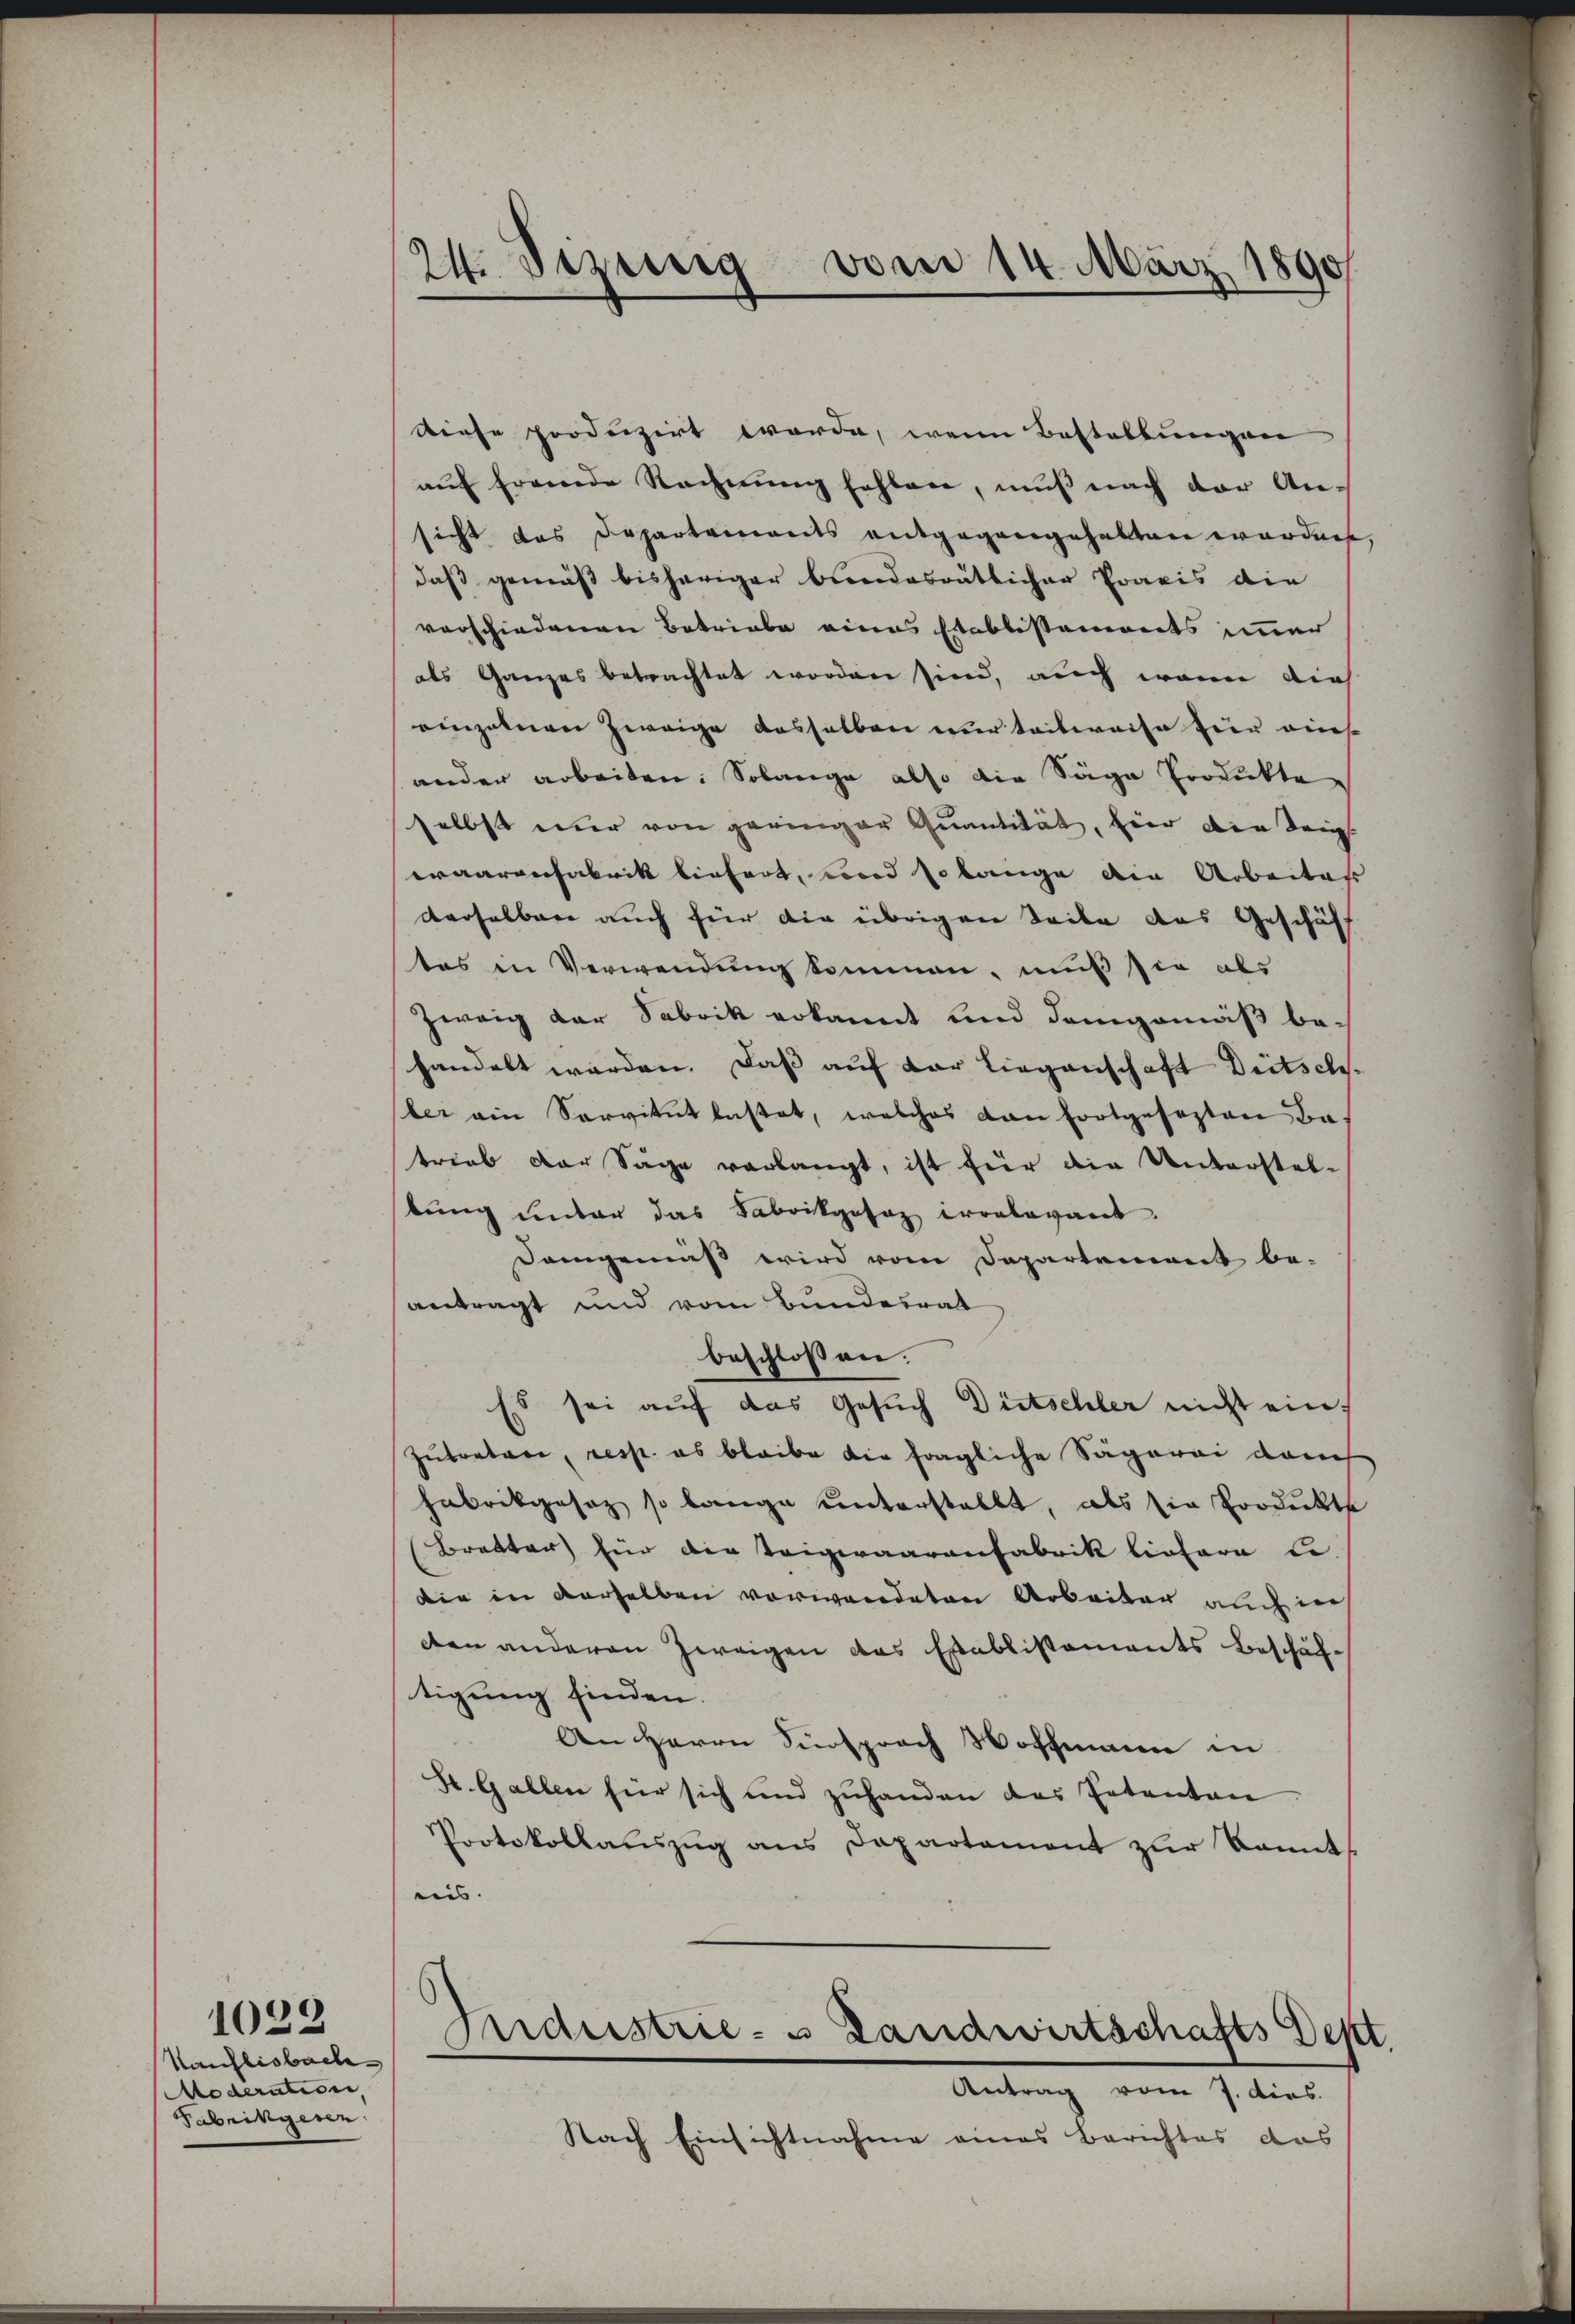
Kauflisbache
Moderation,
Fabrikgesen

1022

24. Sizung vom 14. März 1890

Diese produzirt werde, wenn Bestaltungen
aŭf fremde Rechnung fehlen, muß nach der An-
sicht das Departements entgegangehalten worden,
daß gemäß bisheriger bundesrätlicher Praxis die
verschiedenen Betriebe eines Etablissements immer
als Ganzes betrachtet worden sind, auch wenn dies
einzelnen Zweige dasselben nur teilweise hier eins
ander arbeiten. Solange also die Säge Produkte
selbst einer von geringer Quantität, hier die Teig.
waarenfabrik liefert, und so lange die Arbeites
derselben auch für die übrigen Seite des Geschäft
tes in Verwendung kommen, muß sie als
Zweig der Sabrik erkannt und dangewiß behandelt werden. Daß auf der Liegenschaft Dritschler ain Servitut lastet, welches dan fortgesezten Batrieb der Säge verlangt, ist für die Unterstel-
tung unter das Fabrikgesaz irrelevant.
Demgemäß wird vom Departement be-
antragt und vom Bundesrat
beschlossen.
Es sei auf das Gesuch Ditschler nicht ein,
Zubretari, resp. es bleibe die fragliche Sägerei dauch
Fabrikgesez so lange unterstellt, als sie Produkte
Brakter für die Teigeraarenfabrik liefera le-
die in derselben vorwandeten Arbeiten auch in
den anderen Zweigen das Establistaments Beschäftigung finden.
An Herrn Fürsprach Hoffmann in
St. Gallen für sich und zuhanden das Patenten
Protokollaŭszŭg ans Departement zŭr kannt
ein.
Andustrie- & Landwirtschafts Dept
Antrag vom 7. dies
Nach Einsichtnahme eines Berichtes das